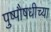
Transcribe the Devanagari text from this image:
पुष्पौषधीच्या